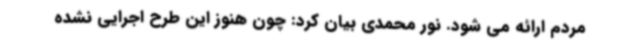
مردم ارائه می شود. نور محمدی بیان کرد: چون هنوز این طرح اجرایی نشده